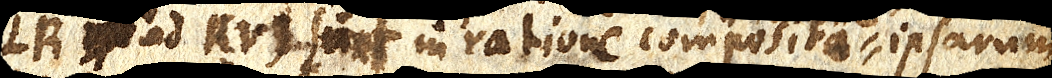
LR xx ad RV) sunt in ratione composita ipsarum